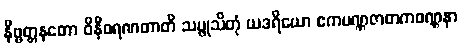
နိဗ္ဗတ္တနတော ဝိနီဝရဏတာတိ သမ္ဖုသိတုံ ယဒရိယော ဧကပဏ္ဏဇာတကဝဏ္ဏနာ